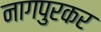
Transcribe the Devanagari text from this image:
नागपुरकर